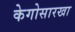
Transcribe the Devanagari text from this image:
केगोसारखा